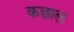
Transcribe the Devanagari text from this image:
कछाल